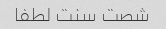
شصت سنت لطفا